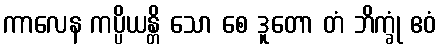
ကာလေန ကပ္ပိယန္တိ သော စေ ဒူတော တံ ဘိက္ခုံ ဧဝံ